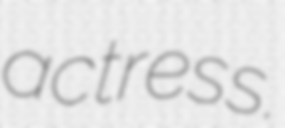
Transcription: actress.